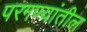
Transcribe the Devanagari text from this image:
परगण्यांतील